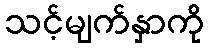
သင့်မျက်နှာကို